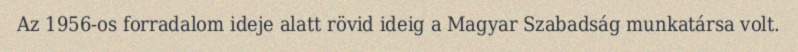
Az 1956-os forradalom ideje alatt rövid ideig a Magyar Szabadság munkatársa volt.